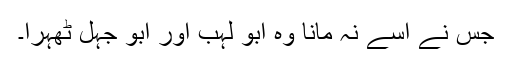
جس نے اسے نہ مانا وہ ابو لہب اور ابو جہل ٹھہرا۔